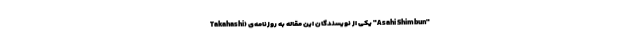
Takahashi) یکی از نویسندگان این مقاله به روزنامه‌ی "Asahi Shimbun"